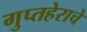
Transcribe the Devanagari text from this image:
गुप्तहेराचे